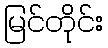
မြင်တိုင်း